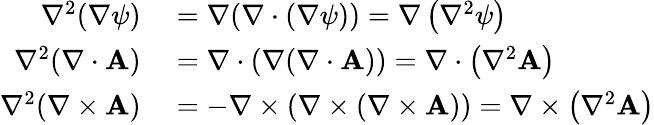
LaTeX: \begin{array}{rl}{\nabla^{2}(\nabla\psi)}&{{}=\nabla(\nabla\cdot(\nabla\psi))=\nabla\left(\nabla^{2}\psi\right)}\\ {\nabla^{2}(\nabla\cdot\mathbf{A})}&{{}=\nabla\cdot(\nabla(\nabla\cdot\mathbf{A}))=\nabla\cdot\left(\nabla^{2}\mathbf{A}\right)}\\ {\nabla^{2}(\nabla\times\mathbf{A})}&{{}=-\nabla\times(\nabla\times(\nabla\times\mathbf{A}))=\nabla\times\left(\nabla^{2}\mathbf{A}\right)}\end{array}